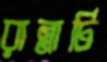
রান্নাটি